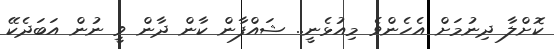
ކޮށްލާ ދިނުމަށް އެހެންވެ މިއުޅެނީ.. ޝައްފާން ކާން ދާން ވީ ނުން އަބަދެކޭ